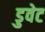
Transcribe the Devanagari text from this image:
डुवेट